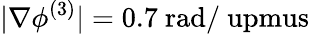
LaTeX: |\nabla\phi^{(3)}|=0.7~\mathrm{rad/\ upmus}